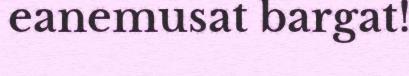
eanemusat bargat!